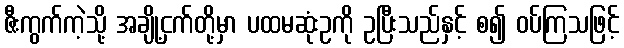
ဇီးကွက်ကဲ့သို့ အချို့ငှက်တို့မှာ ပထမဆုံးဥကို ဥပြီးသည်နှင့် စ၍ ဝပ်ကြသဖြင့်